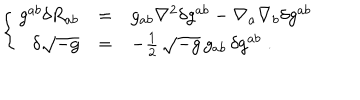
\left\{ \begin{array} { r c l } { { g ^ { a b } \delta R _ { a b } } } & { { = } } & { { g _ { a b } \nabla ^ { 2 } \delta g ^ { a b } - \nabla _ { a } \nabla _ { b } \delta g ^ { a b } } } \\ { { \delta \sqrt { - g } } } & { { = } } & { { - { \frac { 1 } { 2 } } \, \sqrt { - g } \, g _ { a b } \, \delta g ^ { a b } \; . } } \\ \end{array} \right.